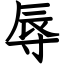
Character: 辱